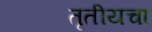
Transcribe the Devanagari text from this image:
तृतीयचा